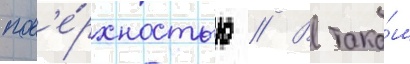
пов'е́рхностью // В тако́м